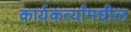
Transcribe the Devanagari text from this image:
कार्यकर्त्यांमधील